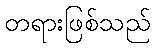
တရားဖြစ်သည်